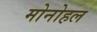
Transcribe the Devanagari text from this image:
मोनोहल